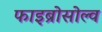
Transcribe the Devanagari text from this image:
फाइब्रोसोल्व